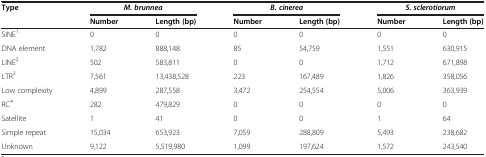
| <ROWSPAN=2> Type | <COLSPAN=2> M. brunnea | <COLSPAN=2> B. cinerea | <COLSPAN=2> S. sclerotiorum |
 | Number | Length (bp) | Number | Length (bp) | Number | Length (bp) |
 | --- | --- | --- | --- | --- | --- | --- |
 | SINE1 | 0 | 0 | 0 | 0 | 0 | 0 |
 | DNA element | 1,782 | 888,148 | 85 | 54,759 | 1,551 | 630,915 |
 | LINE2 | 502 | 583,811 | 0 | 0 | 1,712 | 671,898 |
 | LTR3 | 7,561 | 13,438,528 | 223 | 167,489 | 1,826 | 358,056 |
 | Low complexity | 4,899 | 287,558 | 3,472 | 254,554 | 5,006 | 363,939 |
 | RC4 | 282 | 479,829 | 0 | 0 | 0 | 0 |
 | Satellite | 1 | 41 | 0 | 0 | 1 | 64 |
 | Simple repeat | 15,034 | 653,923 | 7,059 | 288,809 | 5,493 | 238,682 |
 | Unknown | 9,122 | 5,519,980 | 1,099 | 197,624 | 1,572 | 243,540 |